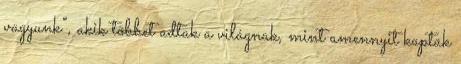
vagyunk”, akik többet adtak a világnak, mint amennyit kaptak